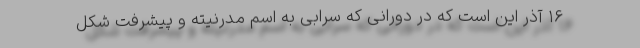
۱۶ آذر این است که در دورانی که سرابی به اسم مدرنیته و پیشرفت شکل